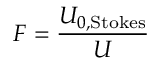
F = \frac { U _ { 0 , \mathrm { S t o k e s } } } { U }